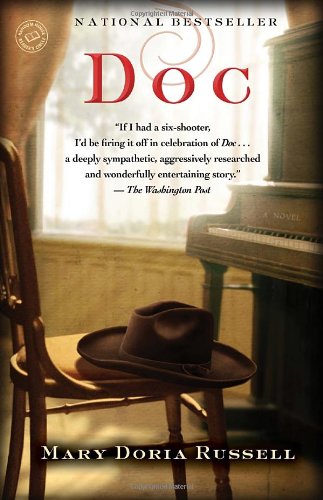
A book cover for Doc: A Novel; Mary Doria Russell; Mystery, Thriller & Suspense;